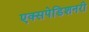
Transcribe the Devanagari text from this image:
एक्सपेडिशनरी